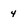
Character: 4